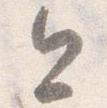
今